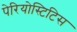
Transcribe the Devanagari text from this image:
पेरियोस्टिटिस